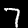
Label: 7